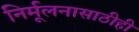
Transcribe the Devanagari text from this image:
निर्मूलनासाठीही